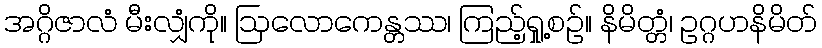
အဂ္ဂိဇာလံ မီးလျှံကို။ ဩလောကေန္တဿ၊ ကြည့်ရှု့စဉ်။ နိမိတ္တံ၊ ဥဂ္ဂဟနိမိတ်